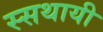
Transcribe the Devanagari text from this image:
स्सथायी